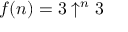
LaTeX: f ( n ) = 3 \uparrow ^ { n } 3